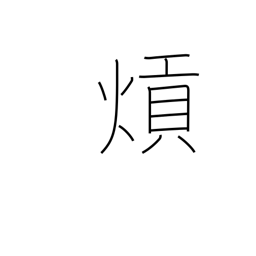
Meaning: (kokuji)